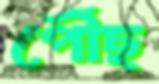
পৌঁছ